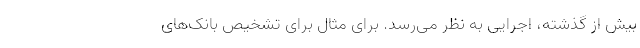
بیش از گذشته، اجرایی به نظر می‌رسد. برای مثال برای تشخیص بانک‌های